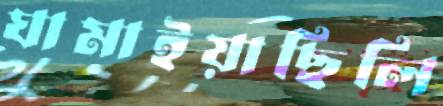
ঘামাইয়াছিলি